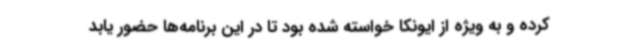
کرده و به ویژه از ایونکا خواسته شده بود تا در این برنامه‌ها حضور یابد